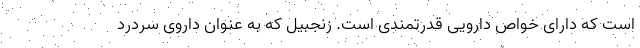
است که دارای خواص دارویی قدرتمندی است. زنجبیل که به عنوان داروی سردرد